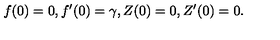
f ( 0 ) = 0 , f ^ { \prime } ( 0 ) = \gamma , Z ( 0 ) = 0 , Z ^ { \prime } ( 0 ) = 0 .